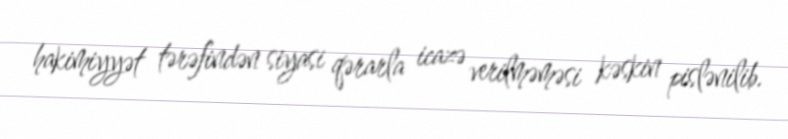
hakimiyyət tərəfindən siyasi qərarla icazə verilməməsi kəskin pislənilib.